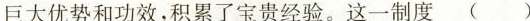
巨大优势和功效，积累了宝贵经验。这一制度 ( )